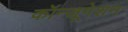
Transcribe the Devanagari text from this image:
कॉन्जूगेशन